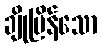
ချိုမြိန်သော